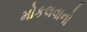
મોકલવાનો